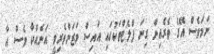
ނަމަވެސް އޭގެ ތެރެއިން ގިނަ ފްލެޓްތަކުގައި އައިސް ވަޒަންވެރިވީ އަނެއްކާ ވެސް އާ